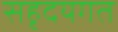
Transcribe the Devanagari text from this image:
सहृदयगत